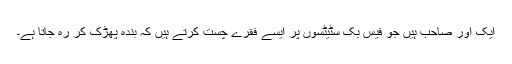
ایک اور صاحب ہیں جو فیس بک سٹیٹسوں پر ایسے فقرے چست کرتے ہیں کہ بندہ پھڑک کر رہ جاتا ہے۔